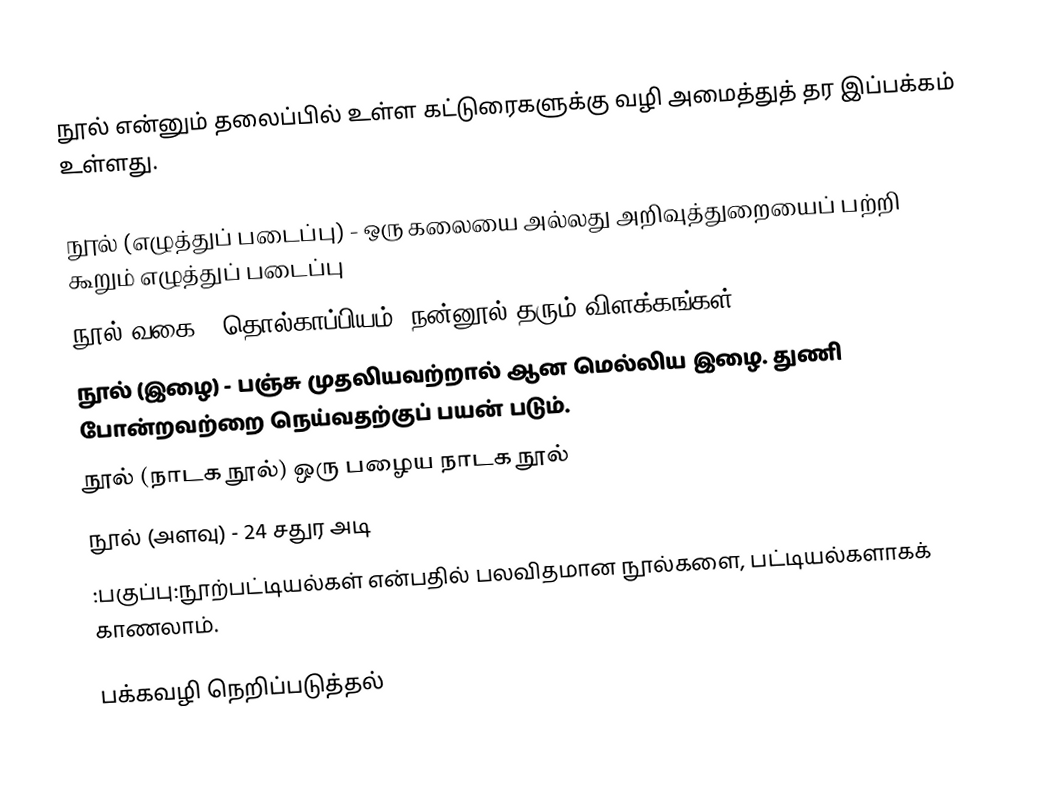
நூல் என்னும் தலைப்பில் உள்ள கட்டுரைகளுக்கு வழி அமைத்துத் தர இப்பக்கம் உள்ளது.

 நூல் (எழுத்துப் படைப்பு) - ஒரு கலையை அல்லது அறிவுத்துறையைப் பற்றி கூறும் எழுத்துப் படைப்பு
 நூல் வகை - தொல்காப்பியம், நன்னூல் தரும் விளக்கங்கள்
 நூல் (இழை) - பஞ்சு முதலியவற்றால் ஆன மெல்லிய இழை. துணி போன்றவற்றை நெய்வதற்குப் பயன் படும்.
 நூல் (நாடக நூல்)  ஒரு பழைய நாடக நூல்
 நூல் (அளவு) - 24 சதுர அடி
 :பகுப்பு:நூற்பட்டியல்கள் என்பதில் பலவிதமான நூல்களை, பட்டியல்களாகக் காணலாம்.

பக்கவழி நெறிப்படுத்தல்